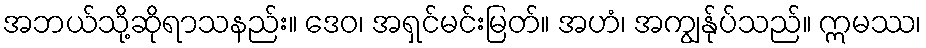
အဘယ်သို့ဆိုရာသနည်း။ ဒေဝ၊ အရှင်မင်းမြတ်။ အဟံ၊ အကျွန်ုပ်သည်။ ဣမဿ၊